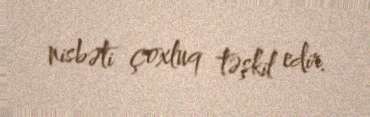
nisbəti çoxluq təşkil edir.